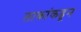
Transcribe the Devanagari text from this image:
लाकांकडून